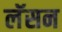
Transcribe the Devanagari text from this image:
लॅसन